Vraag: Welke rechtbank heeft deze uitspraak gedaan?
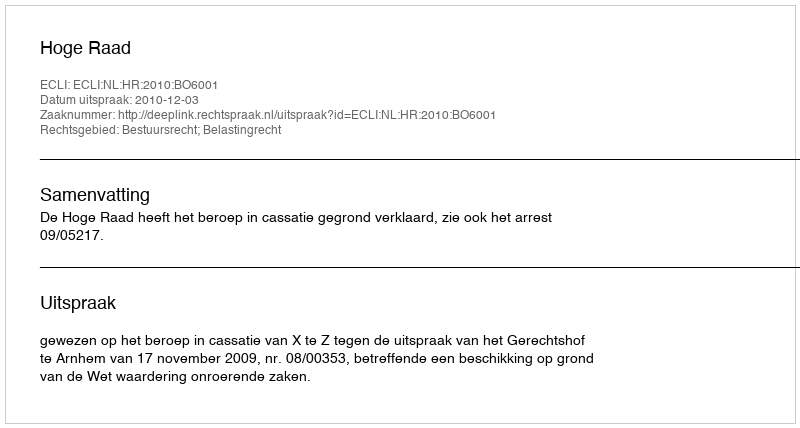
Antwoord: Hoge Raad